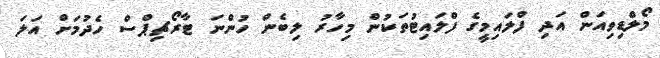
މޯލްޑިވިއަން އަދި ފްލައިމީގެ ފްލައިޓުތަކުން މިހާރު ލިބެން ހުންނަ ޓާރޯޗިޕްސް ހެދުމަށް އަލަ